Plague in India, 1896, 1897 - Volume 3
Year: 1896
Disease focus: Plague
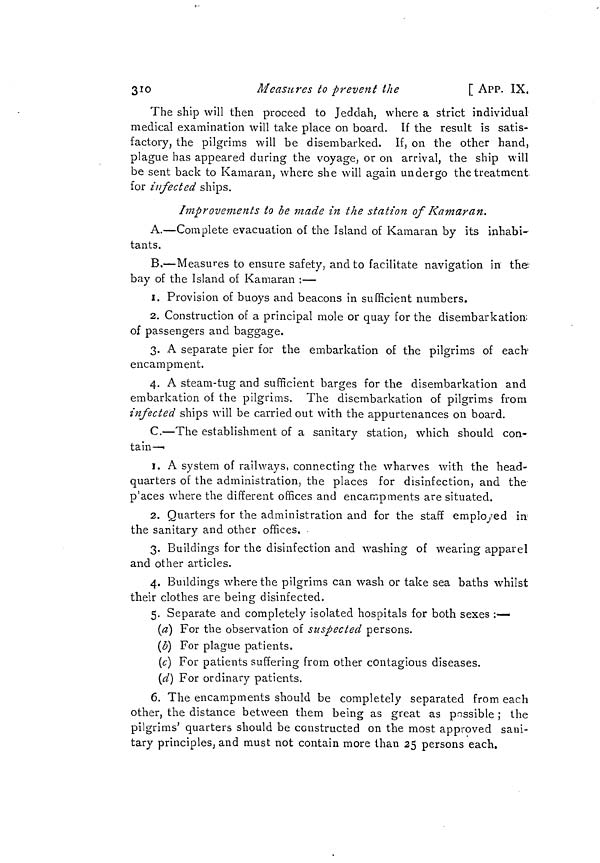
310
Measures to prevent the
[ APP. IX.
The ship will then proceed to Jeddah. where a strict individual
medical examination will take place on board. If the result is satis-
factory, the pilgrims will be disembarked. If, on the other hand,
plague has appeared during the voyage, or on arrival, the ship will
be sent back to Kamaran, where she will again undergo the treatment
for infected ships.
Improvements to be made in the station of Kamaran.
A.—Complete evacuation of the Island of Kamaran by its inhabi-
tants.
B.—Measures to ensure safety, and to facilitate navigation in the
bay of the Island of Kamaran :—
1. Provision of buoys and beacons in sufficient numbers.
2. Construction of a principal mole or quay for the disembarkation,
of passengers and baggage.
3. A separate pier for the embarkation of the pilgrims of each-
encampment.
4. A steam-tug and sufficient barges for the disembarkation and
embarkation of the pilgrims. The disembarkation of pilgrims from
infected ships will be carried out with the appurtenances on board.
C.—The establishment of a sanitary station, which should con-
tain—
1. A system of railways, connecting the wharves with the head-
quarters of the administration, the places for disinfection, and the
p'aces where the different offices and encampments are situated.
2. Quarters for the administration and for the staff employed in
the sanitary and other offices.
3. Buildings for the disinfection and washing of wearing apparel
and other articles.
4. Buildings where the pilgrims can wash or take sea baths whilst
their clothes are being disinfected.
5. Separate and completely isolated hospitals for both sexes :—
(a) For the observation of suspected persons.
(b) For plague patients.
(c) For patients suffering from other contagious diseases.
(d) For ordinary patients.
6. The encampments should be completely separated from each
other, the distance between them being as great as possible ; the
pilgrims' quarters should be constructed on the most approved sani-
tary principles, and must not contain more than 25 persons each.